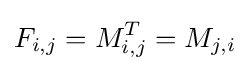
F_{i,j}=M_{i,j}^{T}=M_{j,i}